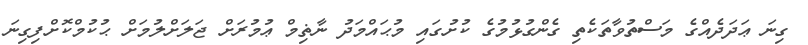
ގިނަ ޢަދަދެއްގެ މަސްތުވާތަކެތި ގެންގުޅުމުގެ ކުށުގައި މުޙައްމަދު ނާޡިމް ޢުމުރަށް ޖަލަށްލުމަށް ޙުކުމްކޮށްފިގިނަ